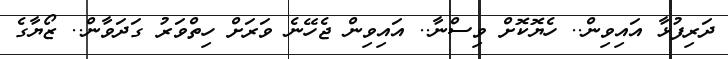
ދަރިފުޅާ އައިވިން.. ހެޔޮކޮށް ވިސްނާ.. އައިވިން ޖެހޭނެ ވަރަށް ހިތްވަރު ގަދަވާން.. ޒޯޔާގެ